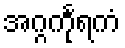
အဂ္ဂင်္ကုရကံ